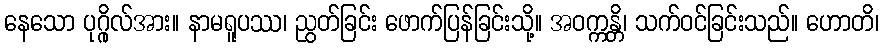
နေသော ပုဂ္ဂိုလ်အား။ နာမရူပဿ၊ ညွတ်ခြင်း ဖောက်ပြန်ခြင်းသို့။ အဝက္ကန္တိ၊ သက်ဝင်ခြင်းသည်။ ဟောတိ၊